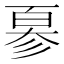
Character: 𢒣